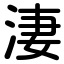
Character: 淒